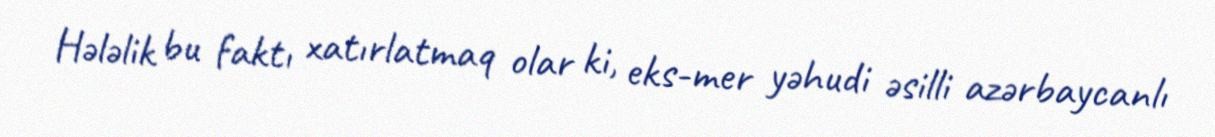
Hələlik bu faktı xatırlatmaq olar ki, eks-mer yəhudi əsilli azərbaycanlı